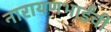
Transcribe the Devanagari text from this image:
नारायणभाईंची